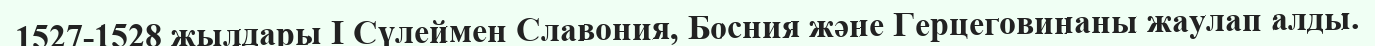
1527-1528 жылдары I Сүлеймен Славония, Босния және Герцеговинаны жаулап алды.